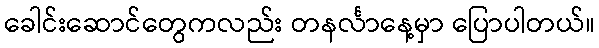
ခေါင်းဆောင်တွေကလည်း တနင်္လာနေ့မှာ ပြောပါတယ်။